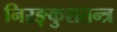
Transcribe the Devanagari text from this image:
निरङ्कुशतन्त्र